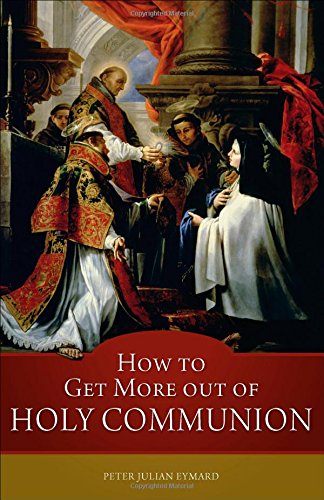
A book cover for How to Get More Out of Holy Communion; Peter Julian Eymard; Christian Books & Bibles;